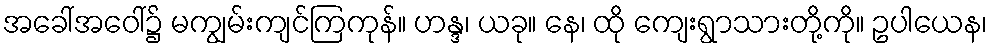
အခေါ်အဝေါ်၌ မကျွမ်းကျင်ကြကုန်။ ဟန္ဒ၊ ယခု။ နေ၊ ထို ကျေးရွာသားတို့ကို။ ဥပါယေန၊